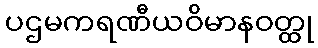
ပဌမကရဏီယဝိမာနဝတ္ထု